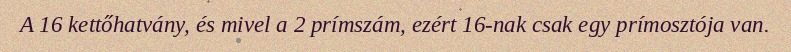
A 16 kettőhatvány, és mivel a 2 prímszám, ezért 16-nak csak egy prímosztója van.